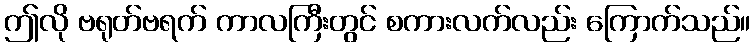
ဤလို ဗရုတ်ဗရက် ကာလကြီးတွင် စကားလက်လည်း ကြောက်သည်။